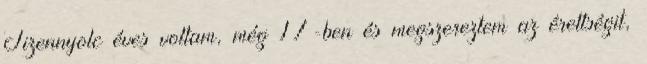
Tizennyolc éves voltam, még 17-ben és megszereztem az érettségit,